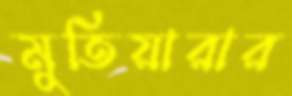
মুতিয়ারার